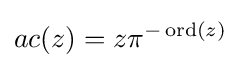
ac(z)=z\pi ^{-\operatorname {ord} (z)}